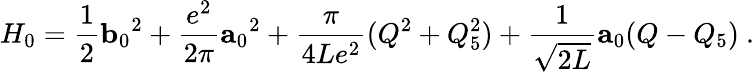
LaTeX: H_{0}=\frac{1}{2}{\mathbf b_{0}}^{2}+\frac{e^{2}}{2\pi}{\mathbf a_{0}}^{2}+\frac{\pi}{4Le^{2}}(Q^{2}+Q_{5}^{2})+\frac{1}{\sqrt{2L}}{\mathbf a_{0}}(Q-Q_{5})\ .